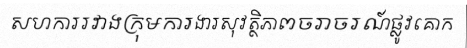
សហការរវាងក្រុមការងារសុវត្ថិភាពចរាចរណ៍ផ្លូវគោក